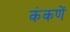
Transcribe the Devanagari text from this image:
कंकणें